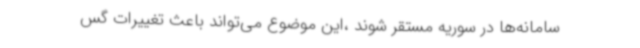
سامانه‌ها در سوریه مستقر شوند ،این موضوع می‌تواند باعث تغییرات گس